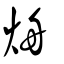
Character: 烐